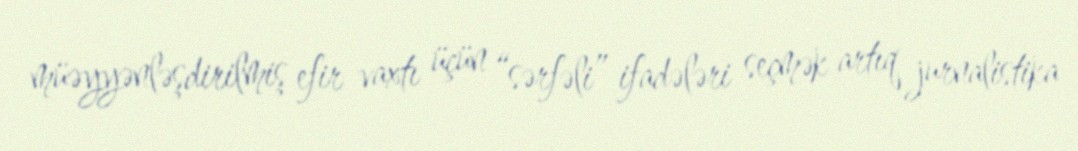
müəyyənləşdirilmiş efir vaxtı üçün “sərfəli” ifadələri seçmək artıq jurnalistika